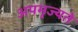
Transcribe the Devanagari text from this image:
अपमृज्यते